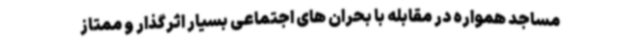
مساجد همواره در مقابله با بحران های اجتماعی بسیار اثرگذار و ممتاز